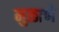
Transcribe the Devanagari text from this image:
मुळाणे